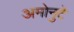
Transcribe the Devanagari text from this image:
अमोनुटे